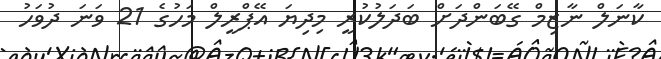
ކާނަލް ނާޒިމް ގޭބަންދަށް ބަދަލުކުރީ މިދިޔަ އޭޕްރީލް މަހުގެ 21 ވަނަ ދުވަހު